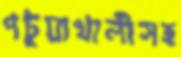
পটুয়াখালীসহ